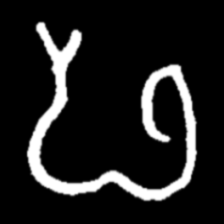
Pyu character \u2014 Myanmar letter: ဖ (romanized: pha)